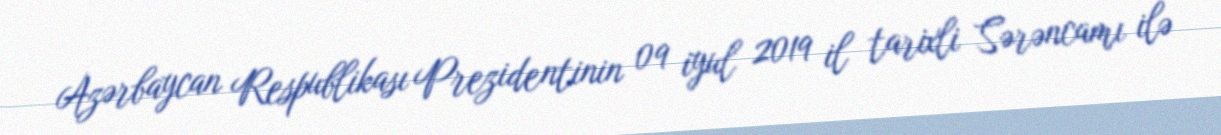
Azərbaycan Respublikası Prezidentinin 09 iyul 2019 il tarixli Sərəncamı ilə